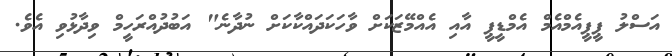
އަސްލު ޕީޕީއެމްއެމް އެމްޑީޕީ އާއި އެއްމޭޒަކަށް ވާހަކަދައްކާކަށް ނުދާނެ" އަބުދުއްރަހީމް ވިދާޅުވި އެވެ.